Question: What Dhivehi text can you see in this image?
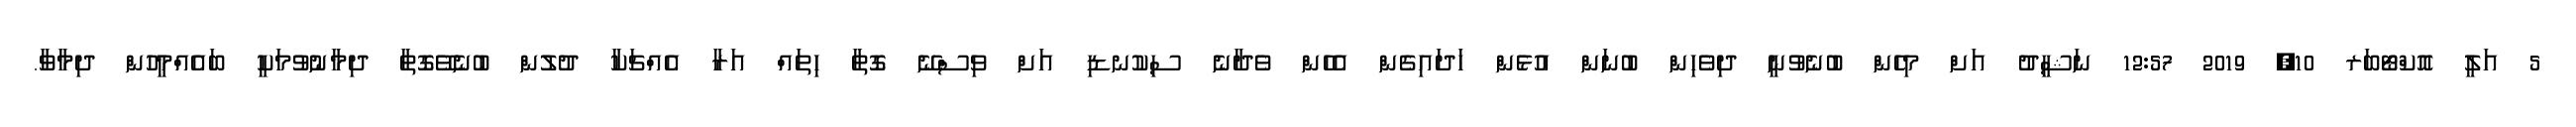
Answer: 5 އަލީ އޮކްޓޯބަރ 10, 2019 12:57 ނަޝީދު އަށް މިހެން ބުނެވުނީ ދިވެހިން ބުނަން އުޅެން ހަދައިގެން އެހެން ވެދާނެ ސިކުނޑި އަށް ވިސްނޭ ގޮތާ ހިތައް އަރާ އެއްޗަކާ ދުލުން ބުނެވޭގޮތާ ދިމާނުވުމަކީ ބައެއްމީހުން ދިމާވާ.